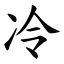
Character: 冷